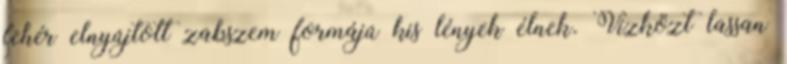
fehér elnyújtott zabszem formájú kis lények élnek. Vízközt lassan